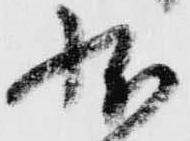
状